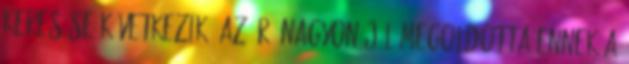
keresése következik. Az író nagyon jól megoldotta ennek a